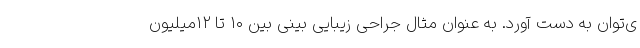
ی‌توان به دست آورد. به عنوان مثال جراحی زیبایی بینی بین ۱۰ تا ۱۲میلیون